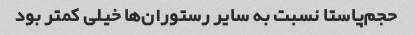
حجم‌پاستا نسبت به سایر رستوران‌ها خیلی کمتر بود